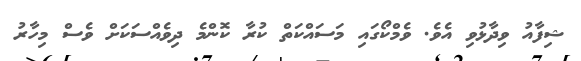
ޝިފާއު ވިދާޅުވި އެވެ. ވެމްކޯގައި މަސައްކަތް ކުރާ ކޮންމެ ދިވެއްސަކަށް ވެސް މިހާރު